Leningradi_Edasi_toimetus, lk 8
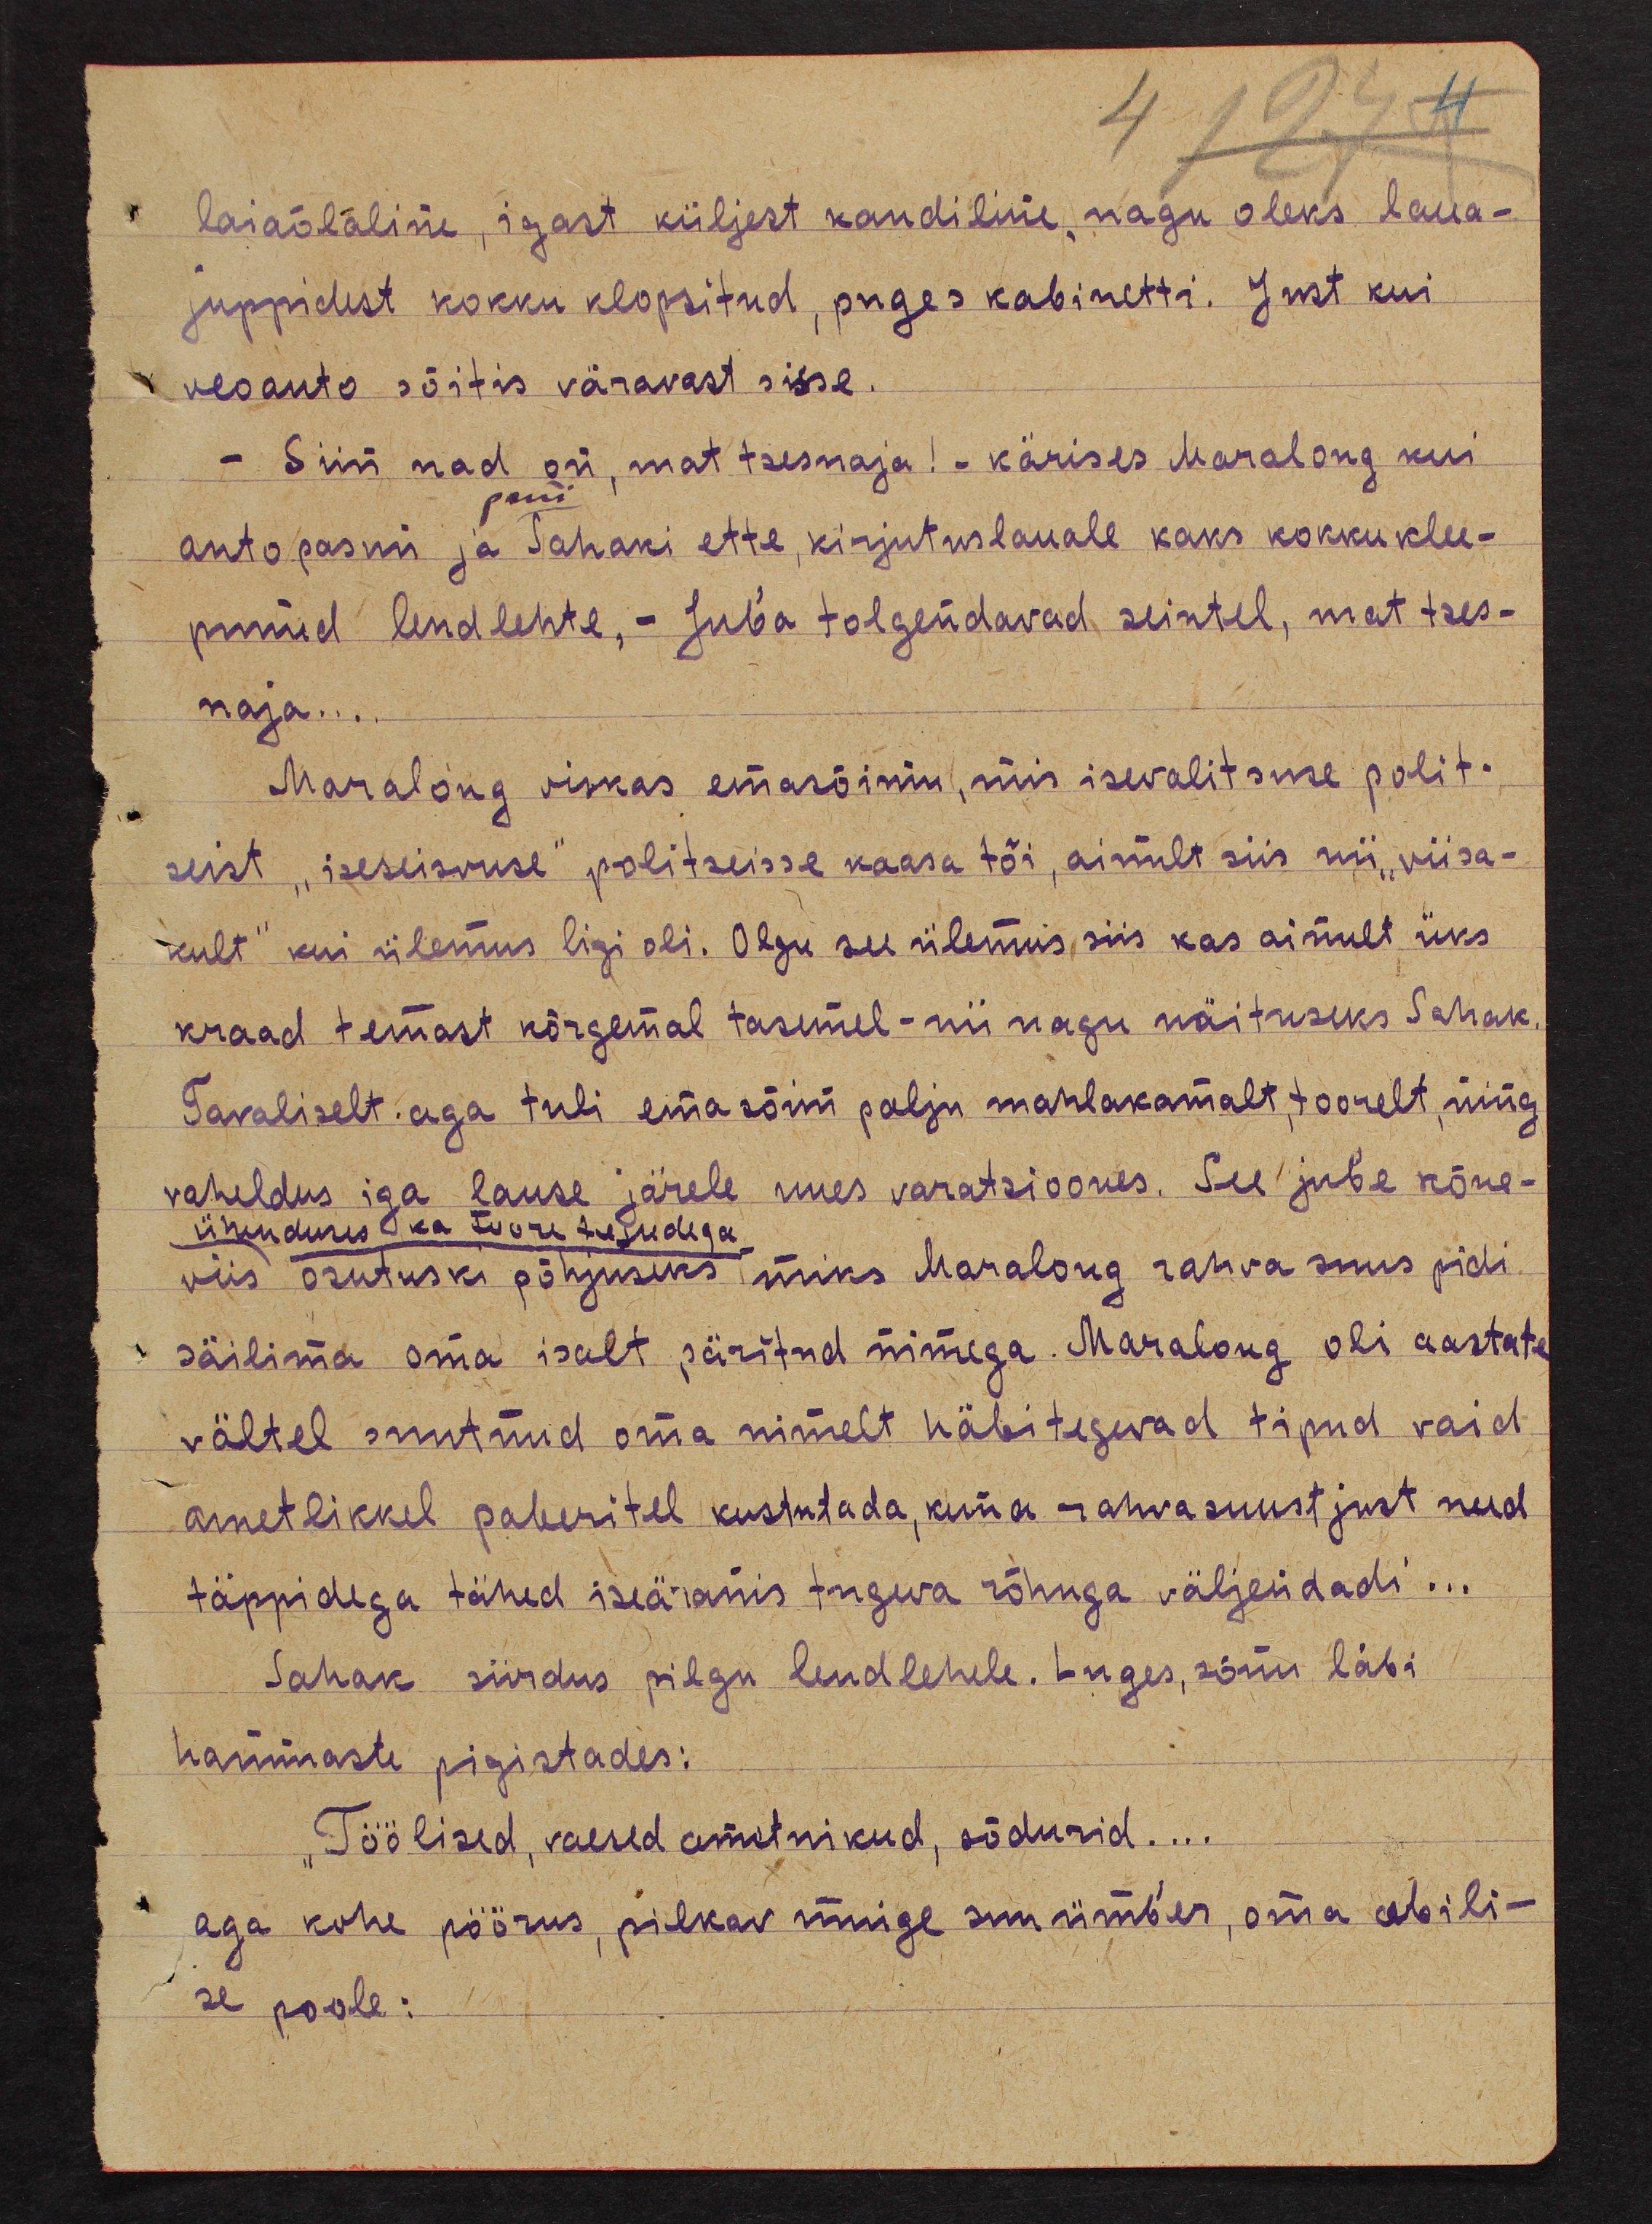
laiaõlaline, igast küljest kandiline, nagu oleks laua-
juppidest kokku klopsitud, puges kabinetti. Just kui
veoauto sõitis väravast sisse.
- Siin nad on, mat tsesnaja! - kärises Maralong kui
pani
auto pasun ja Sahaki ette, kirjutuslauale kaks kokku klee-
punud lendlehte, - Jub'a tolgendavad seintel, mat tses-
naja...
Maralong viskas emasõimu, mis isevalitsuse polit-
seist "iseseisvuse" politseisse kaasa tõi, ainult siis nii" viisa-
kult" kui ülemus ligi oli. Olgu see ülemus siis kas ainult üks
kraad temast kõrgemal tasemel - nii nagu näituseks Sahak.
Tavaliselt aga tuli ema sõim palju mahlakamalt, toorelt, ning
vaheldus iga lause järele uues varatsioones. See jube kõne-
ühenduses ka toore tujudega.
viis osutuski põhjuseks miks Maralong rahva suus pidi
säilima oma isalt päritud nimega. Maralong oli aastate
vältel suutnud oma nimelt häbitegevad tipud vaid
ametlikkel paberitel kustutada, kuna rahvasuust just need
täppidega tähed iseäranis tugeva rõhuga väljendadi...
Sahak siirdus pilgu lendlehele. Luges, sõnu läbi
hammaste pigistades:
"Töölised, vaesed ametnikud, sõdurid....
aga kohe pöörus, pilkav muige suu ümber, oma abili-
se poole: